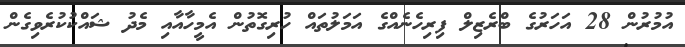
އުމުރުން 28 އަހަރުގެ ބްރެޒިލް ފިރިހެނެއްގެ އަމަލުތައް ހުރިގޮތުން އެމީހާއާއި މެދު ޝައްކުކުރެވިގެން